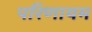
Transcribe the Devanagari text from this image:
परिणायम